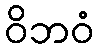
ဝိဘဝံ